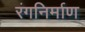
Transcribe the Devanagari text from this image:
रंगनिर्माण